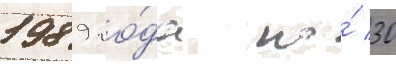
1989 го́да по́ 30